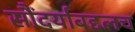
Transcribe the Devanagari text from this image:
सौंदर्याबद्दलच